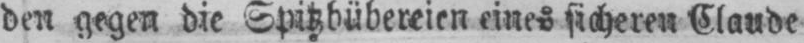
den gegen die Spitzbübereien eines sicheren Claude